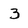
Character: 3